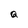
Character: Q